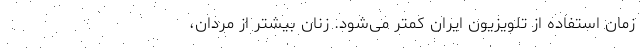
زمان استفاده از تلویزیون ایران کمتر می‌شود. زنان بیشتر از مردان،